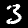
Digit: 3